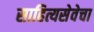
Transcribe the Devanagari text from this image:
साहित्यसेवेचा